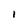
Character: 1